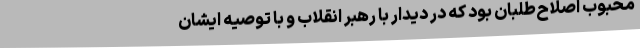
محبوب اصلاح‌طلبان بود که در دیدار با رهبر انقلاب و با توصیه ایشان